Insane asylums in Bengal annual reports 1876-1887 - 1876-1887
Year: 1876
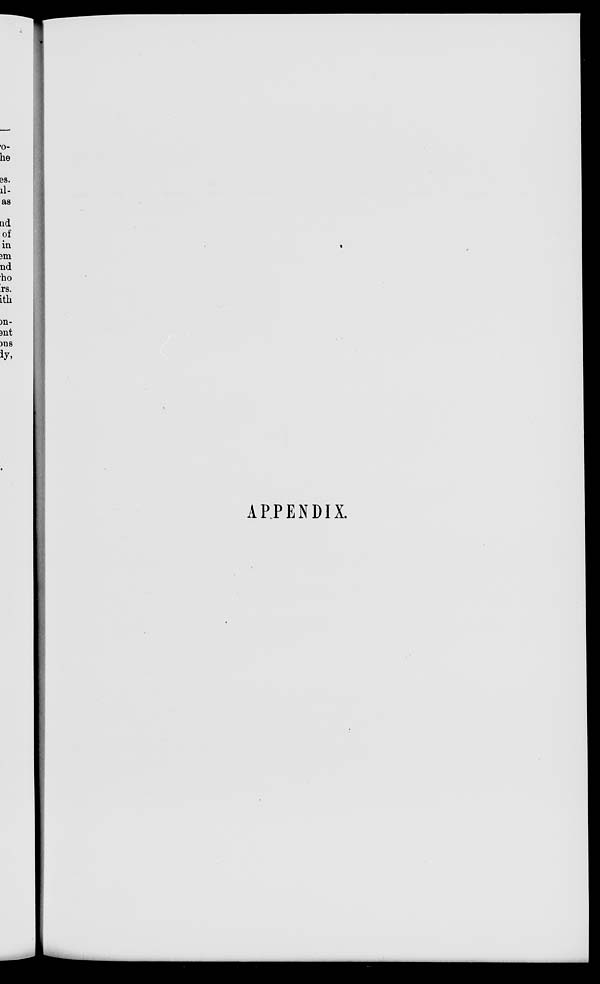
APPENDIX.